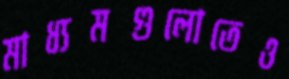
মাধ্যমগুলোতেও